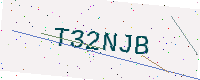
Text: T32NJB